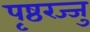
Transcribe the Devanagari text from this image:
पृष्ठरज्जु